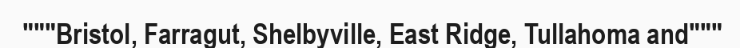
"""Bristol, Farragut, Shelbyville, East Ridge, Tullahoma and"""